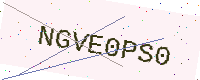
Text: NGVE0PS0